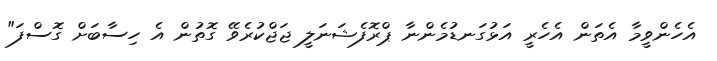
އެހެންވީމާ އެތަން އެހެރީ އަޅުގަނޑުމެންނާ ޕްރޮފެޝަނަލީ ޖަޖްކުރެވޭ ގޮތުން އެ ހިސާބަށް ގޮސްފަ"